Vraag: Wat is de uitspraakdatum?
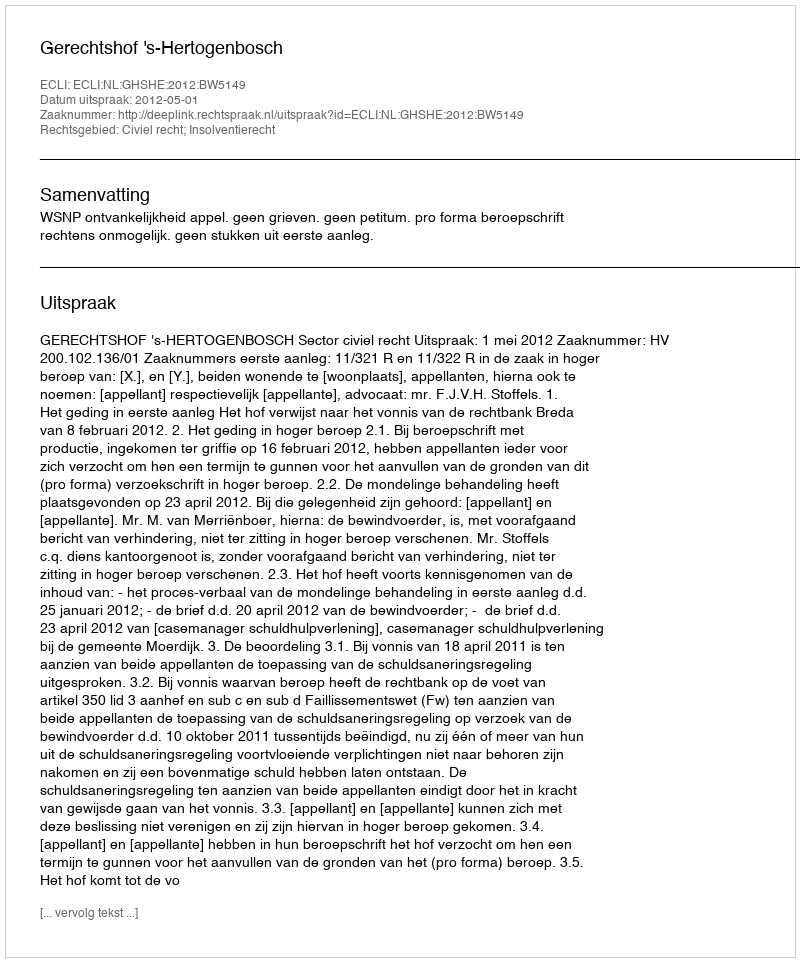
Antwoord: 2012-05-01